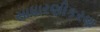
સાધારણીકરણ